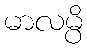
မာလမ္ပိ